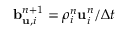
\mathbf b _ { \mathbf u , i } ^ { n + 1 } = \rho _ { i } ^ { n } \mathbf u _ { i } ^ { n } / \Delta t